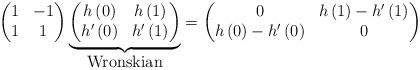
LaTeX: \begin{align*}\begin{pmatrix}1 & -1\\1 & 1\end{pmatrix}\underset{\mbox{Wronskian}}{\underbrace{\begin{pmatrix}h\left(0\right) & h\left(1\right)\\h'\left(0\right) & h'\left(1\right)\end{pmatrix}}}=\begin{pmatrix}0 & h\left(1\right)-h'\left(1\right)\\h\left(0\right)-h'\left(0\right) & 0\end{pmatrix}\end{align*}